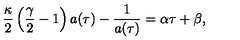
\frac { \kappa } { 2 } \left( \frac { \gamma } { 2 } - 1 \right) a ( \tau ) - \frac { 1 } { a ( \tau ) } = \alpha \tau + \beta ,